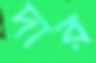
দার